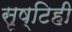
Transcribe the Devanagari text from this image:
सृष्टिही